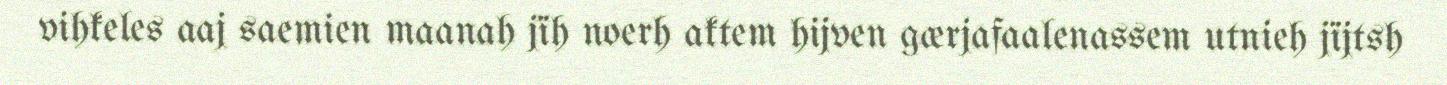
vihkeles aaj saemien maanah jïh noerh aktem hijven gærjafaalenassem utnieh jïjtsh